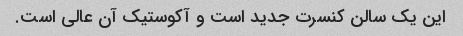
این یک سالن کنسرت جدید است و آکوستیک آن عالی است.